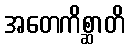
အတေကိစ္ဆာတိ